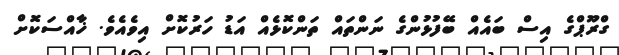
ގްރޫޕްގެ އިސް ބައެއް ބޭފުޅުންގެ ނަންތައް ތަންކޮޅެއް އަޑު ހަރުކޮށް އިވެއެވެ. ޚާއްސަކޮށް